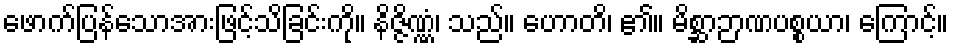
ဖောက်ပြန်သောအားဖြင့်သိခြင်းကို။ နိဇ္ဇိဏ္ဏံ၊ သည်။ ဟောတိ၊ ၏။ မိစ္ဆာဉာဏပစ္စယာ၊ ကြောင့်။